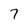
Character: 7